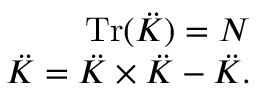
\begin{array} { r } { \mathrm { T r } ( \ddot { K } ) = N } \\ { \ddot { K } = \ddot { K } \times \ddot { K } - \ddot { K } . } \end{array}